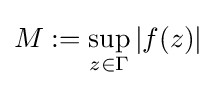
M:=\sup _{z\in \Gamma }|f(z)|